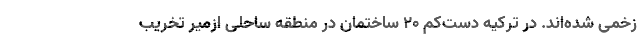
زخمی شده‌اند. در ترکیه دست‌کم ۲۰ ساختمان در منطقه ساحلی ازمیر تخریب